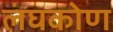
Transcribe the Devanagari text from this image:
लंघकोण